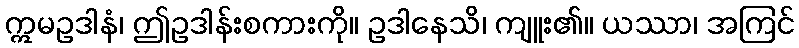
ဣမဥဒါနံ၊ ဤဥဒါန်းစကားကို။ ဥဒါနေသိ၊ ကျူး၏။ ယဿာ၊ အကြင်